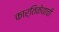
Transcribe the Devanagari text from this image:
कार्तिकेयाची